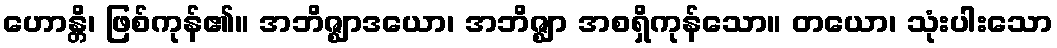
ဟောန္တိ၊ ဖြစ်ကုန်၏။ အဘိဇ္ဈာဒယော၊ အဘိဇ္ဈာ အစရှိကုန်သော။ တယော၊ သုံးပါးသော